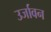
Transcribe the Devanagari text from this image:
उर्जावन